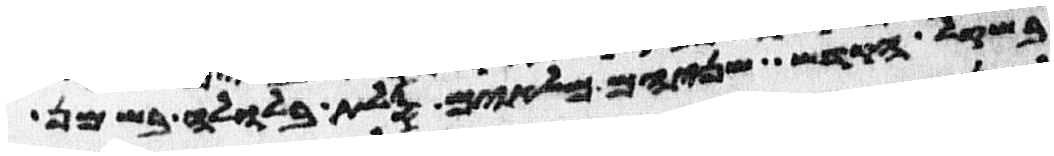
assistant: בשקל הקדש שניהם מלאים סלת בלולה בשמן